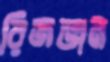
রিজভান